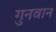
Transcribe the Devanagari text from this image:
गुनवान